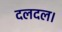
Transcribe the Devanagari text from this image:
दलदल।